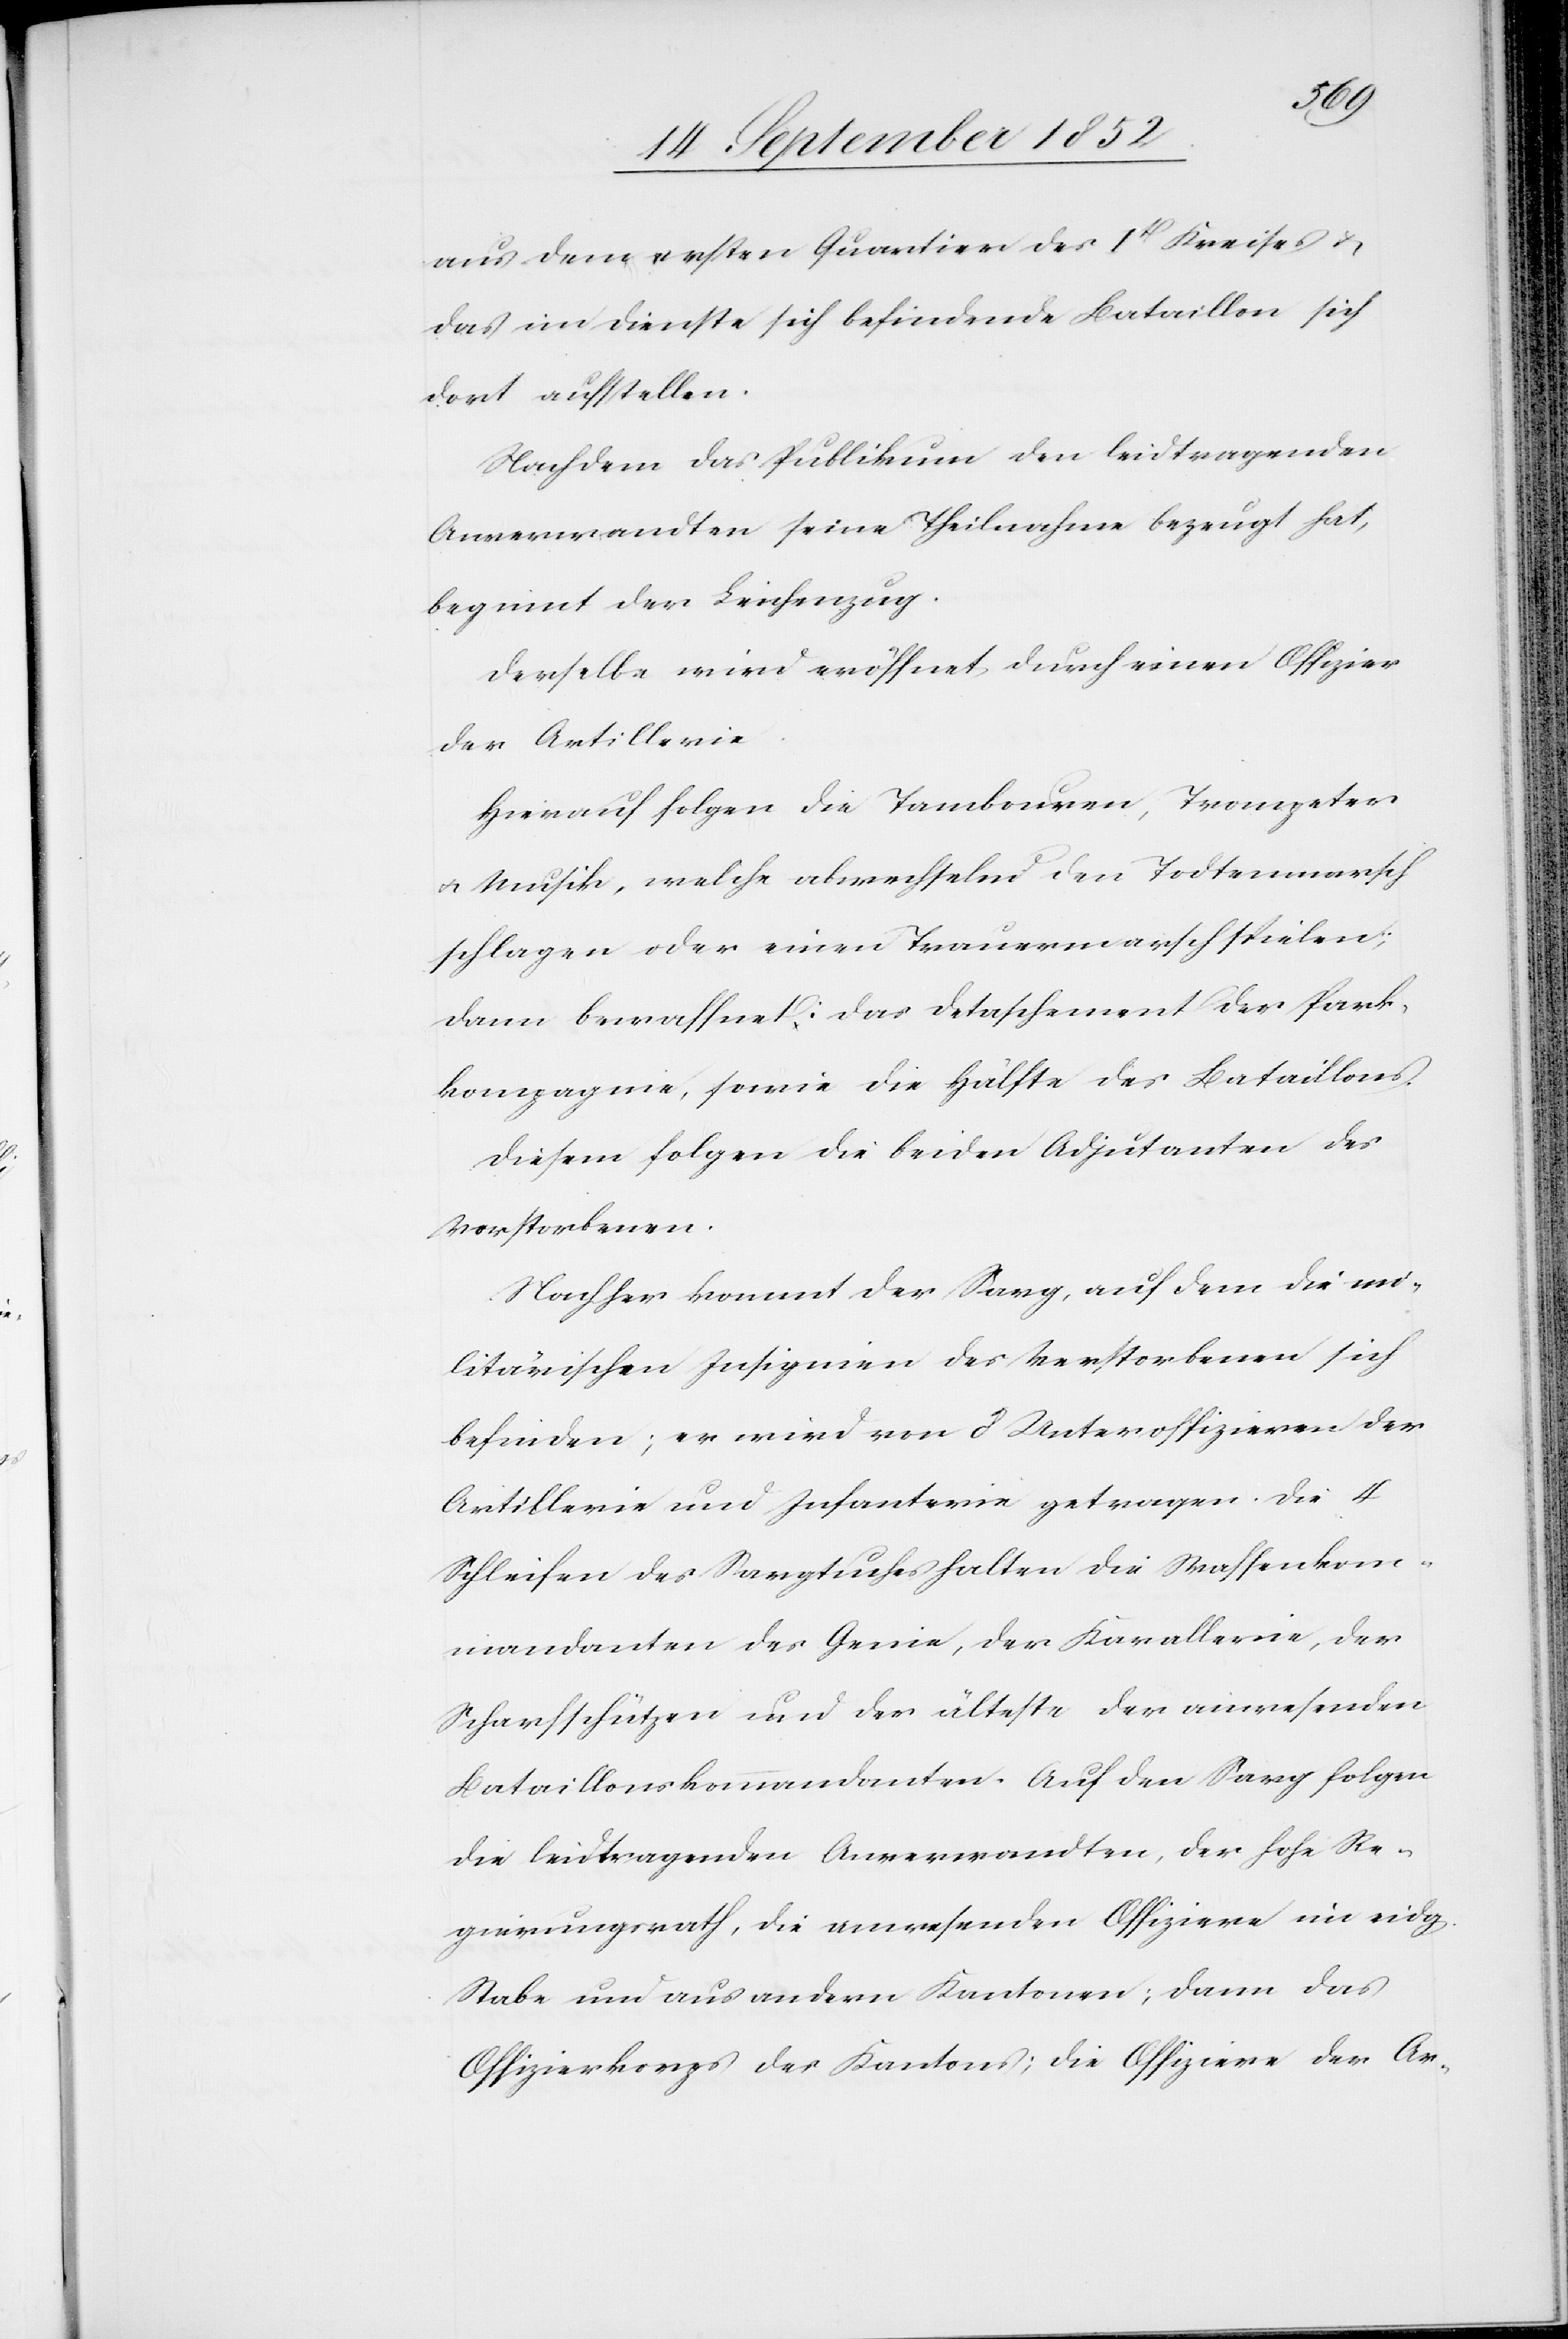
aus dem ersten Quartier des 1t Kreises &
das im Dienste sich befindende Bataillon sich
dort aufstellen.
Nachdem das Publikum den leidtragenden
Anverwandten seine Theilnahme bezeugt hat,
beginnt der Leichenzug.
Derselbe wird eröffnet durch einen Offizier
der Artillerie.
Hierauf folgen die Tambouren, Trompeter
& Musik, welche abwechselnd den Todtenmarsch
schlagen oder einen Trauermarsch spielen;
dann bewaffnet: das Detaschement der Park¬
kompagnie, sowie die Hälfte des Bataillons.
Diesem folgen die beiden Adjutanten des
Verstorbenen.
Nachher kommt der Sarg, auf dem die mi¬
litärischen Insignien des Verstorbenen sich
befinden; er wird von 8 Unteroffizieren der
Artillerie und Infanterie getragen. Die 4
Schleifen des Sargtuches halten die Waffenkom¬
mandanten des Genie, der Kavallerie, der
Scharfschützen und der älteste der anwesenden
Bataillonskommandanten. Auf den Sarg folgen
die leidtragenden Anverwandten, der hohe Re¬
gierungsrath, die anwesenden Offiziere im eidg.
Stabe und aus andern Kantonen; dann das
Offizierskorps des Kantons; die Offiziere der Ar-